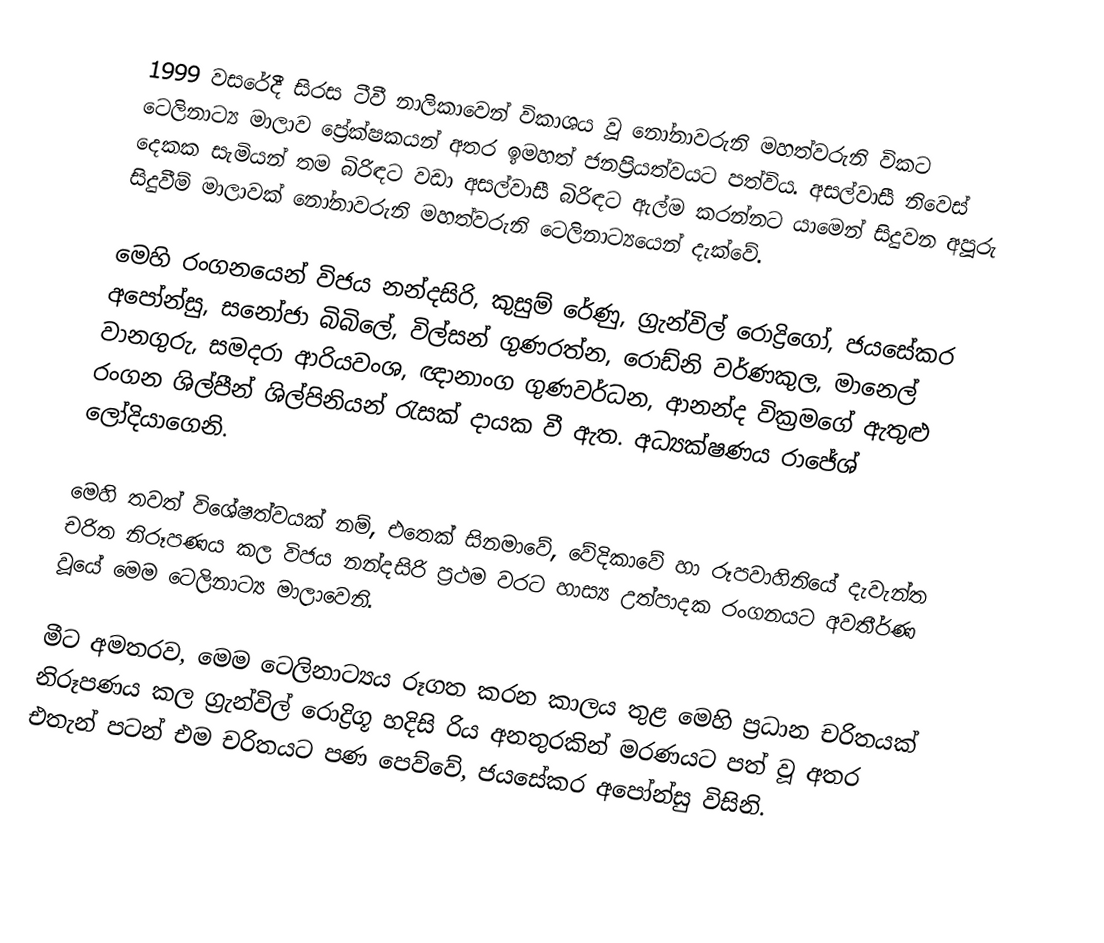
1999 වසරේදී සිරස ටීවී නාලිකාවෙන් විකාශය වූ නෝනාවරුනි මහත්වරුනි විකට ටෙලිනාට්‍ය මාලාව ප්‍රේක්ෂකයන් අතර ඉමහත් ජනප්‍රියත්වයට පත්විය. අසල්වාසී නිවෙස් දෙකක සැමියන් තම බිරිඳට වඩා අසල්වාසී බිරිඳට ඇල්ම කරන්නට යාමෙන් සිදුවන අපූරු සිදුවීම් මාලාවක් නෝනාවරුනි මහත්වරුනි ටෙලිනාට්‍යයෙන් දැක්වේ.

මෙහි රංගනයෙන් විජය නන්දසිරි, කුසුම් රේණු, ග්‍රැන්විල් රොද්‍රිගෝ, ජයසේකර අපෝන්සු, සනෝජා බිබිලේ, විල්සන් ගුණරත්න, රොඩ්නි වර්ණකුල, මානෙල් වානගුරු, සමදරා ආරියවංශ, ඥානාංග ගුණවර්ධන, ආනන්ද වික්‍රමගේ ඇතුළු රංගන ශිල්පීන් ශිල්පිනියන් රැසක් දායක වී ඇත. අධ්‍යක්ෂණය රාජේශ් ලෝදියාගෙනි.

මෙහි තවත් විශේෂත්වයක් නම්, එතෙක් සිනමාවේ, වේදිකාවේ හා රූපවාහිනියේ දැවැන්ත චරිත නිරූපණය කල විජය නන්දසිරි ප්‍රථම වරට හාස්‍ය උත්පාදක රංගනයට අවතීර්ණ වූයේ මෙම ටෙලිනාට්‍ය මාලාවෙනි.

මීට අමතරව, මෙම ටෙලිනාට්‍යය රූගත කරන කාලය තුළ මෙහි ප්‍රධාන චරිතයක් නිරූපණය කල ග්‍රැන්විල් රොද්‍රිගූ හදිසි රිය අනතුරකින් මරණයට පත් වූ අතර එතැන් පටන් එම චරිතයට පණ පෙව්වේ, ජයසේකර අපෝන්සු විසිනි.